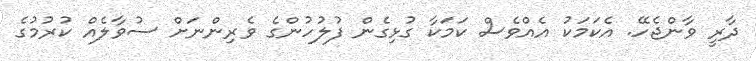
ދާރީ ވާންޖެހޭ. އެކަމަކު އެއްވެސް ކަމަކާ ގުޅިގެން ފުލުހުންގެ ވެރިންނަށް ސުވާލެއް ކުރުމުގެ